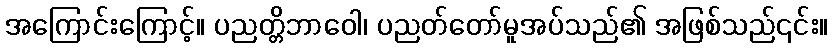
အကြောင်းကြောင့်။ ပညတ္တိဘာဝေါ၊ ပညတ်တော်မူအပ်သည်၏ အဖြစ်သည်၎င်း။